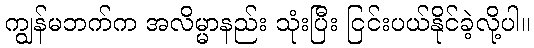
ကျွန်မဘက်က အလိမ္မာနည်း သုံးပြီး ငြင်းပယ်နိုင်ခဲ့လို့ပါ။